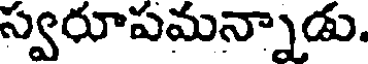
స్వరూపమన్నాడు.